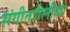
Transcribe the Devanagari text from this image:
संगीतशैलीचा